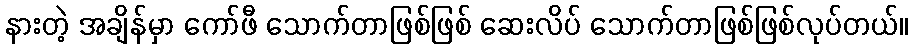
နားတဲ့ အချိန်မှာ ကော်ဖီ သောက်တာဖြစ်ဖြစ် ဆေးလိပ် သောက်တာဖြစ်ဖြစ်လုပ်တယ်။